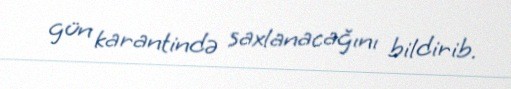
gün karantində saxlanacağını bildirib.